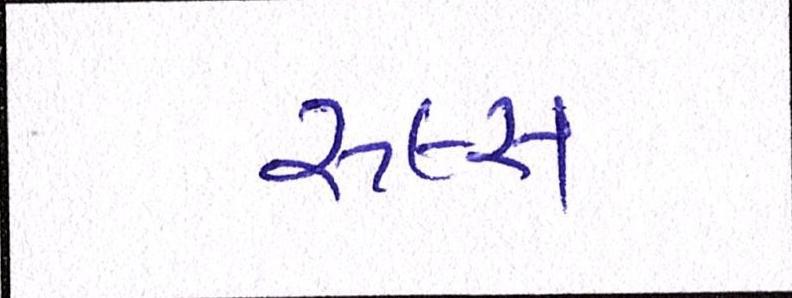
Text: રૂલ્સ